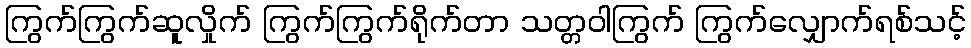
ကြွက်ကြွက်ဆူလှိုက် ကြွက်ကြွက်ရိုက်တာ သတ္တဝါကြွက် ကြွက်လျှောက်ရစ်သင့်